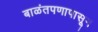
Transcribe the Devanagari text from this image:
बाळंतपणापासून